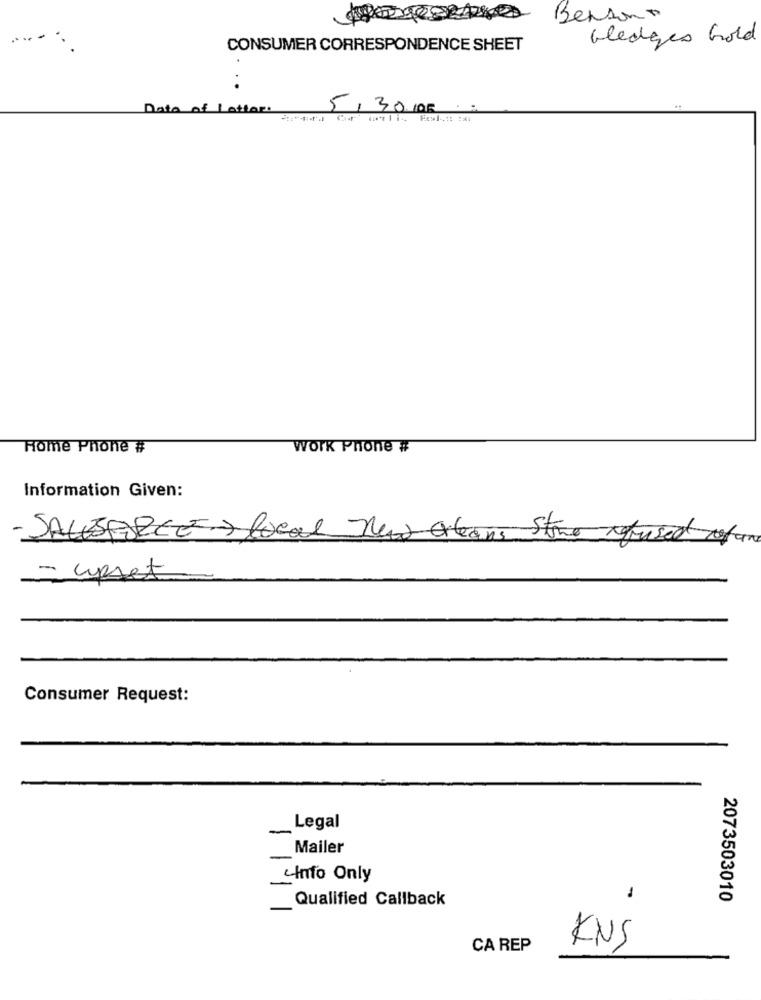
Bersont
--
Gledges Gold
CONSUMER CORRESPONDENCE SHEET
Data of Lottar
5,30.105,
Home Phone #
WORK Phone #
Information Given:
- SALESFORCE > local new orleans Store refused olan
- upset
Consumer Request:
Legal
Mailer
Info Only
Qualified Callback
-
2073503010
CA REP
KNS